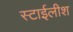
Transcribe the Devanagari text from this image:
स्टाईलीश